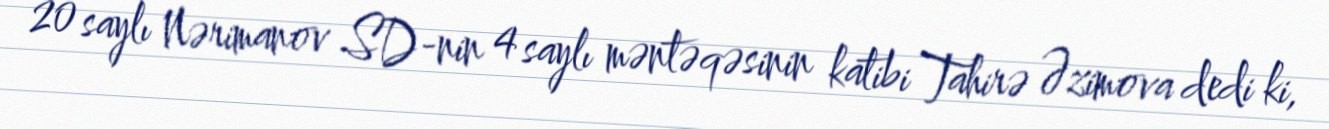
20 saylı Nərimanov SD-nin 4 saylı məntəqəsinin katibi Tahirə Əzimova dedi ki,